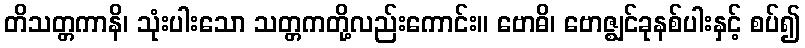
တိသတ္တကာနိ၊ သုံးပါးသော သတ္တကတို့လည်းကောင်း။ ဗောဓိ၊ ဗောဇ္ဈင်ခုနစ်ပါးနှင့် စပ်၍